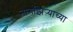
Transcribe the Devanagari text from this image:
नागझिऱ्याच्या